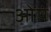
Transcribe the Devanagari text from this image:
ओंषं